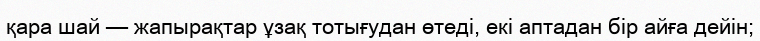
қара шай — жапырақтар ұзақ тотығудан өтеді, екі аптадан бір айға дейін;